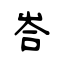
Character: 峇